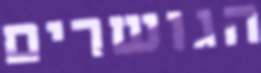
הגושרים